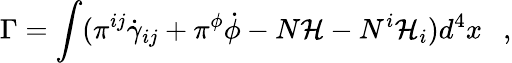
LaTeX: \Gamma=\int(\pi^{ij}\dot{\gamma}_{ij}+\pi^{\phi}\dot{\phi}-N{\mathcal{H}}-N^{i}{\mathcal{H}}_{i})d^{4}x~~~,